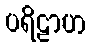
ပရိဠာဟ